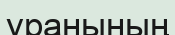
уранының